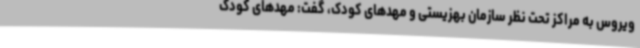
ویروس به مراکز تحت نظر سازمان بهزیستی و مهدهای کودک، گفت: مهدهای کودک